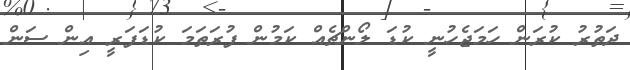
ދަތުރު ކުރަން ހަމަޖެހުނީ ކުޑަ ލޯންޗެއް ކަމުން ފުރަތަމަ ކުޑަފަރީ އިން ސަން